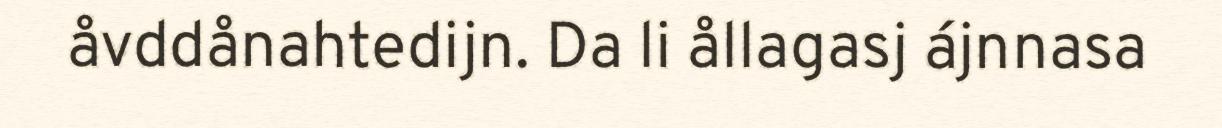
åvddånahtedijn. Da li ållagasj ájnnasa